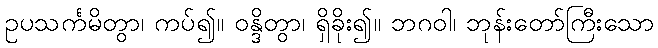
ဥပသင်္ကမိတွာ၊ ကပ်၍။ ဝန္ဒိတွာ၊ ရှိခိုး၍။ ဘဂဝါ၊ ဘုန်းတော်ကြီးသော